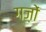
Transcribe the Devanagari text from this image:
गज़ों